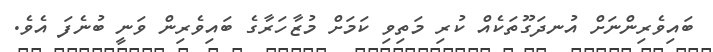
ބައިވެރިންނަށް އުނދަގޫތަކެއް ކުރި މަތިވި ކަމަށް މުޒާހަރާގެ ބައިވެރިން ވަނީ ބުނެފަ އެވެ.